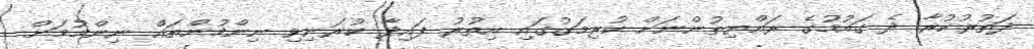
ދަތުރުކުރާ ދެ ގައުމުގެ ރައްޔިތުުންނަށް ކުރިމަގުގައި އިތުރު ފައިދާ ކުރަނިވި ނިންމުންތައް ނިންމުމަށް